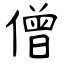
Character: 僧